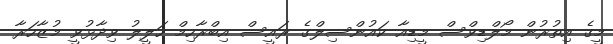
މީގެ އިތުރުން މޯލްޑިވްސް މީޑިއާ ކައުންސިލްގެ ރައީސް އިބްރާހިމް ހަލީލު ވިދާޅުވީ މުޒާހަރާ